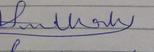
Signature authenticity: forged